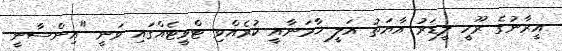
އީރާނުގެ ރޫހީ ލީޑަރު އާޔަތު އަލީ ޚާމަނާއީ ކުރެއްވި ޓްވީޓެއްގައި ވަނީ "އިންސާނީ